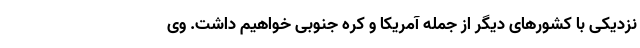
نزدیکی با کشورهای دیگر از جمله آمریکا و کره جنوبی خواهیم داشت. وی